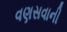
વણસવાની